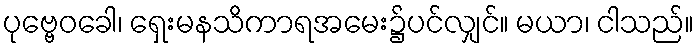
ပုဗ္ဗေဝခေါ၊ ရှေးမနသိကာရအမေး၌ပင်လျှင်။ မယာ၊ ငါသည်။